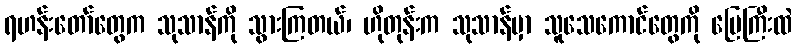
ရဟန်းတော်တွေက သုသာန်ကို သွားကြတယ်၊ ဟိုတုန်းက သုသာန်မှာ သူသေကောင်တွေကို မြေကြီးထဲ